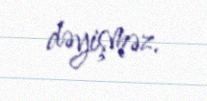
dəyişməz.